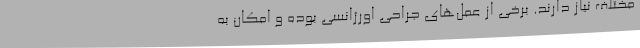
مختلف نیاز دارند. برخی از عمل‌های جراحی اورژانسی بوده و امکان به‌